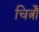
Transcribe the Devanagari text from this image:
चित्रोँ